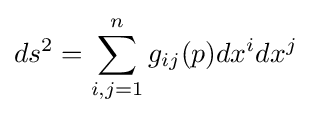
ds^{2}=\sum _{i,j=1}^{n}g_{ij}(p)dx^{i}dx^{j}